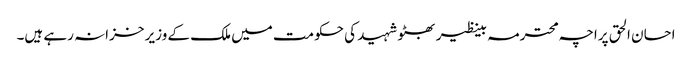
احسان الحق پراچہ محترمہ بینظیر بھٹو شہید کی حکومت میں ملک کے وزیر خزانہ رہے ہیں۔